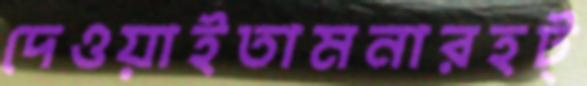
দেওয়াইতামনারহট্